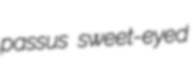
passus sweet-eyed